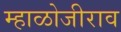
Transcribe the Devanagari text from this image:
म्हाळोजीराव